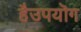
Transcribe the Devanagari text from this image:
हैउपयॊग